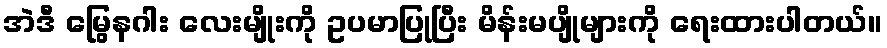
အဲဒီ မြွေနဂါး လေးမျိုးကို ဥပမာပြုပြီး မိန်းမပျိုများကို ရေးထားပါတယ်။